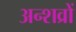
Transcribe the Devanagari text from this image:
अन्शव्रों